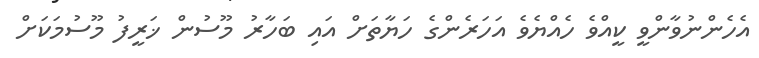
އެހެންނުވާންވީ ކީއްވެ ހެއްޔެވެ އަހަރެންގެ ހަޔާތަށް އައި ބަހާރު މޫސުން ޚަރީފު މޫސުމަކަށް